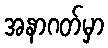
အနာဂတ်မှာ